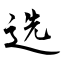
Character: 选